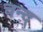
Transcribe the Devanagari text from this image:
चन्द्